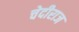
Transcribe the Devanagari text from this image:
चेदीराज